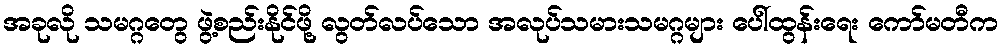
အခုလို သမဂ္ဂတွေ ဖွဲ့စည်းနိုင်ဖို့ လွတ်လပ်သော အလုပ်သမားသမဂ္ဂများ ပေါ်ထွန်းရေး ကော်မတီက